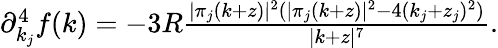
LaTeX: \begin{array}{r}{\partial_{k_{j}}^{4}f(k)=-3R\frac{|\pi_{j}(k+z)|^{2}(|\pi_{j}(k+z)|^{2}-4(k_{j}+z_{j})^{2})}{|k+z|^{7}}.}\end{array}